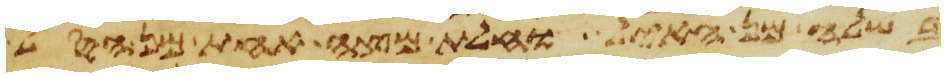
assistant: בשלה מן האיל וחלת מצה אחת מן הסל